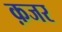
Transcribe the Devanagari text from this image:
क़जर